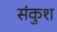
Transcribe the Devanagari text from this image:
संकुश